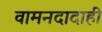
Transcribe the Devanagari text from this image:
वामनदादाही